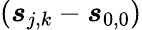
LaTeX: (\boldsymbol{s}_{j,k}-\boldsymbol{s}_{0,0})